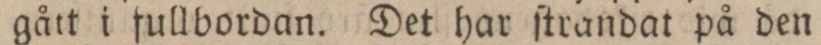
gått i fullbordan. Det har ſtrandat på den